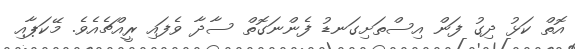
އޮތް ކަޅު ދިގު ފަން އިސްތަށިގަނޑު ފެންނަގޮތް ސާދާ ވެފައި ރީއްޗެއެވެ. މޭކަޕާއި